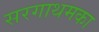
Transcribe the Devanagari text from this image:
सरगाथमका